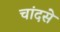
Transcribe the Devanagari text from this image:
चांदसे